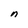
Character: n